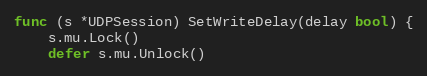
Language: Go
func (s *UDPSession) SetWriteDelay(delay bool) {
	s.mu.Lock()
	defer s.mu.Unlock()